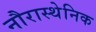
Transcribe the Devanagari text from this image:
नौरास्थेनिक